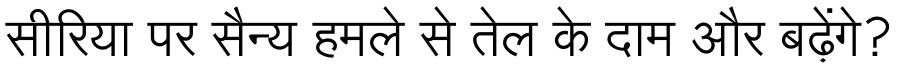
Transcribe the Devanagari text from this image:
सीरिया पर सैन्य हमले से तेल के दाम और बढ़ेंगे?